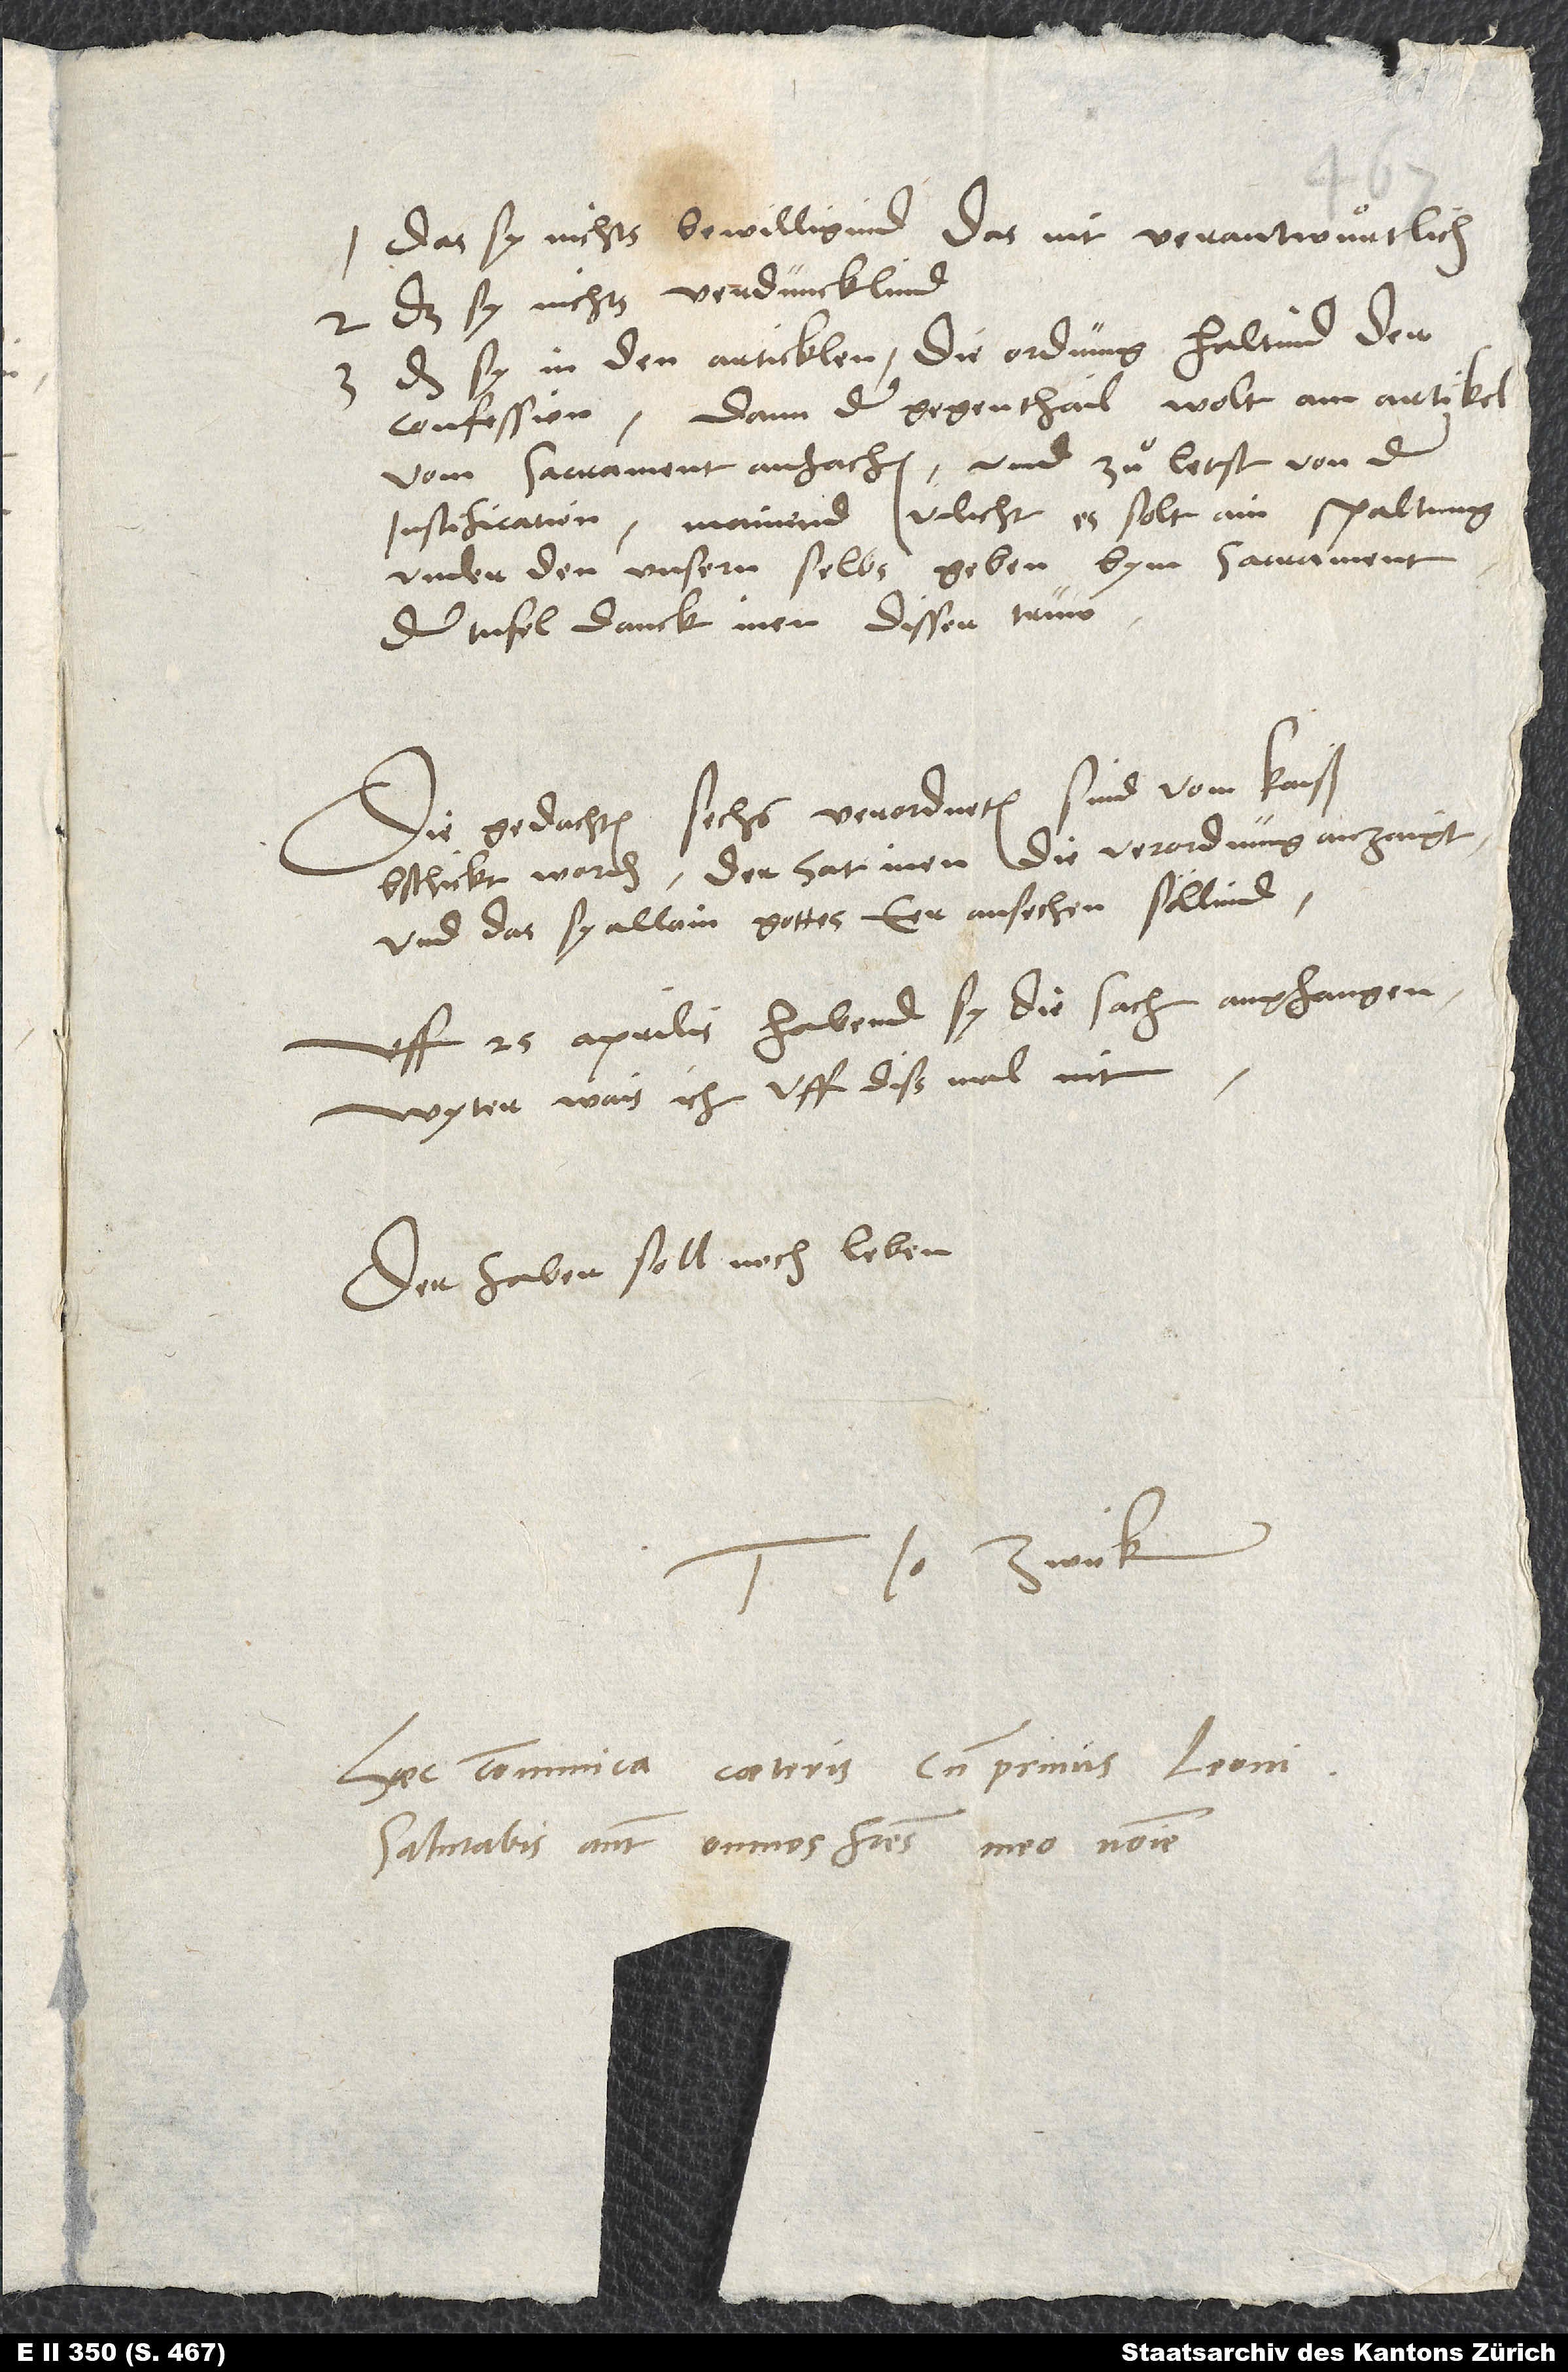
das sy nichts bewilligind, das nit verantwuͦrtlich,
2. das sy nichts verduncklind,
das sy in den articklen die ordnung haltind der
confession; dann der gegenthail wolt am artikel
vom sacrament anfachen und zuͦ letst von der
justification; mainend vilicht, es solt ain spaltung
under den unsern selbs geben bym sacrament.
Der tufel danck inen dissen truw.
Die gedachten sechs verordneten sind vom kaiser
bschickt worden; der hat inen die verordnung anzaigt,
und das sy allain gottes eer ansechen söllind.
Uff 25. aprilis habend sy die sach angfangen.
Wyter wais ich uff diß mal nit.
Der Faber soll noch leben.
Tuus Io. Zwick.
Haec communica caeteris, cum primis Leoni.
Salutabis autem omnes fratres meo nomine.